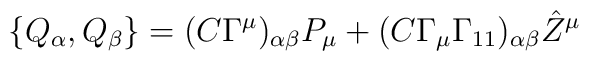
\{ Q_\alpha,Q_\beta\}= (C\Gamma^\mu)_{\alpha\beta}P_\mu +  (C\Gamma_\mu\Gamma_{11})_{\alpha\beta}{\hat Z}^\mu